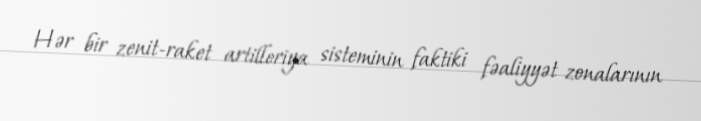
Hər bir zenit-raket artilleriya sisteminin faktiki fəaliyyət zonalarının